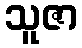
သူဇာ